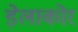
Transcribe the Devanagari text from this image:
ड़ेलाकोर